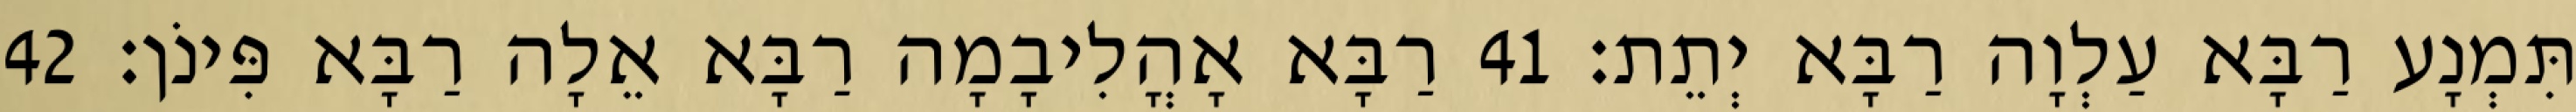
תִּמְנָע רַבָּא עַלְוָה רַבָּא יְתֵת׃ 41 רַבָּא אָהֳלִיבָמָה רַבָּא אֵלָה רַבָּא פִּינֹן׃ 42